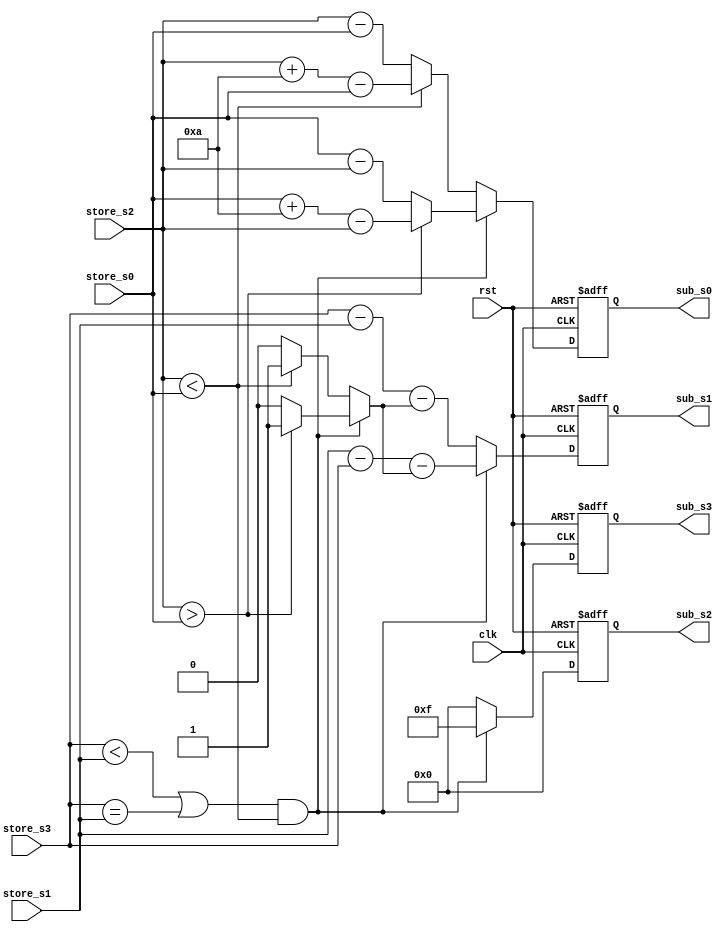
module suber(
    input clk,
    input rst,
    input [3:0] store_s0,
    input [3:0] store_s1,
    input [3:0] store_s2,
    input [3:0] store_s3,
    output reg [3:0] sub_s0, //t3t2-t1t0=s3s2s1s0
    output reg [3:0] sub_s1,
    output reg [3:0] sub_s2,
    output reg [3:0] sub_s3
    );
    reg [3:0] sub_s0_tmp, sub_s1_tmp, sub_s2_tmp, sub_s3_tmp;
    reg br_ten;
    wire negative;
  //  assign negative = (store_s3 < store_s1) | (store_s3 == store_s1) && (store_s2 < store_s0);
    
    always@(posedge clk or posedge rst)
        if(rst)
        begin
            sub_s0 = 4'd0;
            sub_s1 = 4'd0;
            sub_s2 = 4'd0;
            sub_s3 = 4'd0;
        end
        else
        begin
            sub_s0 = sub_s0_tmp;
            sub_s1 = sub_s1_tmp;
            sub_s2 = sub_s2_tmp;
            sub_s3 = sub_s3_tmp;
        end
    assign negative = (store_s3 < store_s1) | (store_s3 == store_s1) && (store_s2 < store_s0);
    always@*
        if(negative)
        begin
            if(store_s2 > store_s0)
            begin
                sub_s0_tmp = store_s0 + 4'd10 - store_s2;
                br_ten = 1'b1;
            end
            else
            begin
                sub_s0_tmp = store_s0 - store_s2;
                br_ten = 1'b0;
            end
        end
        else if(store_s2 < store_s0)
        begin
            sub_s0_tmp = store_s2 + 4'd10 - store_s0;
            br_ten = 1'b1;
        end
        else
        begin
            sub_s0_tmp = store_s2 - store_s0;
            br_ten = 1'b0;
        end
        
    always@*
        if(negative)
        begin
            sub_s1_tmp = store_s1 - store_s3 - br_ten;
        end
        else
        begin
            sub_s1_tmp = store_s3 - store_s1 - br_ten;
        end    
     
    always@*
        sub_s2_tmp = 4'd0;
               
    always@*
        if(negative)
            sub_s3_tmp = 4'd15; //-
        else
            sub_s3_tmp = 4'd0;
    
endmodule